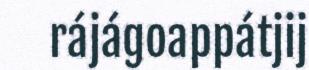
rájágoappátjij